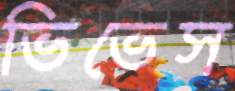
ভিভেস